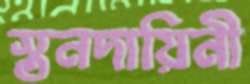
স্তনদায়িনী